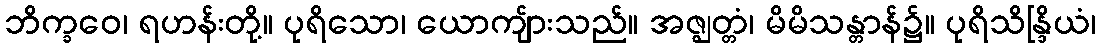
ဘိက္ခဝေ၊ ရဟန်းတို့။ ပုရိသော၊ ယောကျ်ားသည်။ အဇ္ဈတ္တံ၊ မိမိသန္တာန်၌။ ပုရိသိန္ဒြိယံ၊